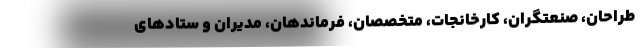
طراحان، صنعتگران، کارخانجات، متخصصان، فرماندهان، مدیران و ستادهای